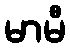
မာမီ